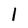
Character: 1